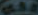
على